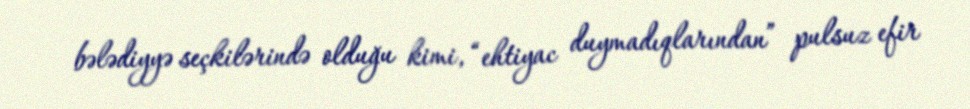
bələdiyyə seçkilərində olduğu kimi, “ehtiyac duymadıqlarından” pulsuz efir